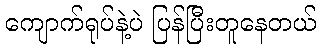
ကျောက်ရုပ်နဲ့ပဲ ပြန်ပြီးတူနေတယ်